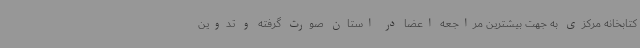
کتابخانه مرکزی به جهت بیشترین مراجعه اعضا در استان صورت گرفته و تدوین